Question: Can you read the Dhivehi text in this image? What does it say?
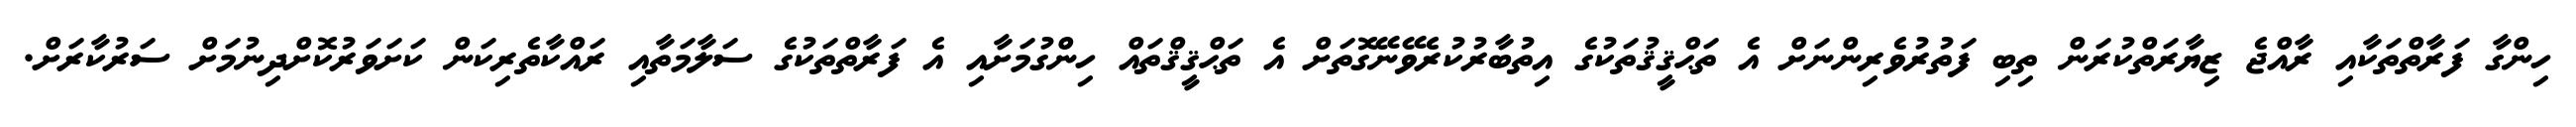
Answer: ހިންގާ ފަރާތްތަކާއި ރާއްޖެ ޒިޔާރަތްކުރަން ތިބި ފަތުރުވެރިންނަށް އެ ތަޙްޤީޤުތަކުގެ އިތުބާރުކުރެވޭނޭގޮތަށް އެ ތަޙްޤީޤްތައް ހިންގުމަށާއި އެ ފަރާތްތަކުގެ ސަލާމަތާއި ރައްކާތެރިކަން ކަށަވަރުކޮށްދިނުމަށް ސަރުކާރަށް.